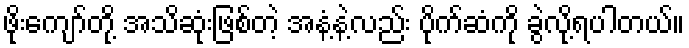
ဖိုးကျော်တို့ အသိဆုံးဖြစ်တဲ့ အနံ့နဲ့လည်း ပိုက်ဆံကို ခွဲလို့ရပါတယ်။